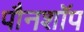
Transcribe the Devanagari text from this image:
पौनशॉप